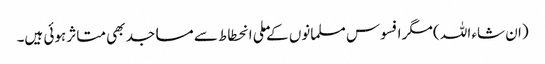
(ان شاء اللہ ) مگر افسوس مسلمانوں کےملی انحطاط سے مساجد بھی متاثر ہوئی ہیں۔